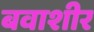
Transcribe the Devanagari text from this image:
बवाशीर